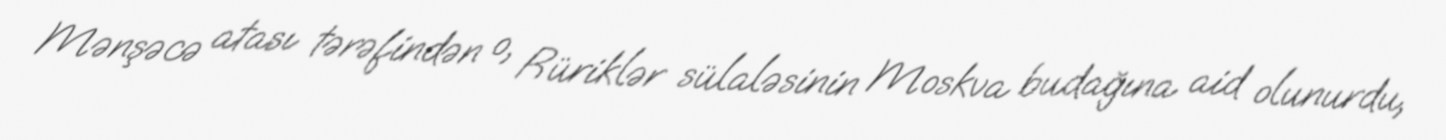
Mənşəcə atası tərəfindən o, Rüriklər sülaləsinin Moskva budağına aid olunurdu,